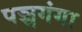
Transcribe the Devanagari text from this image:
पञ्चगंगा